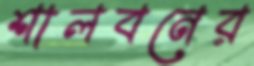
শালবনের